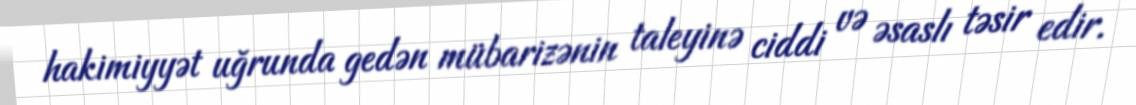
hakimiyyət uğrunda gedən mübarizənin taleyinə ciddi və əsaslı təsir edir.